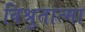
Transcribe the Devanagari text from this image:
विश्रुतात्मा